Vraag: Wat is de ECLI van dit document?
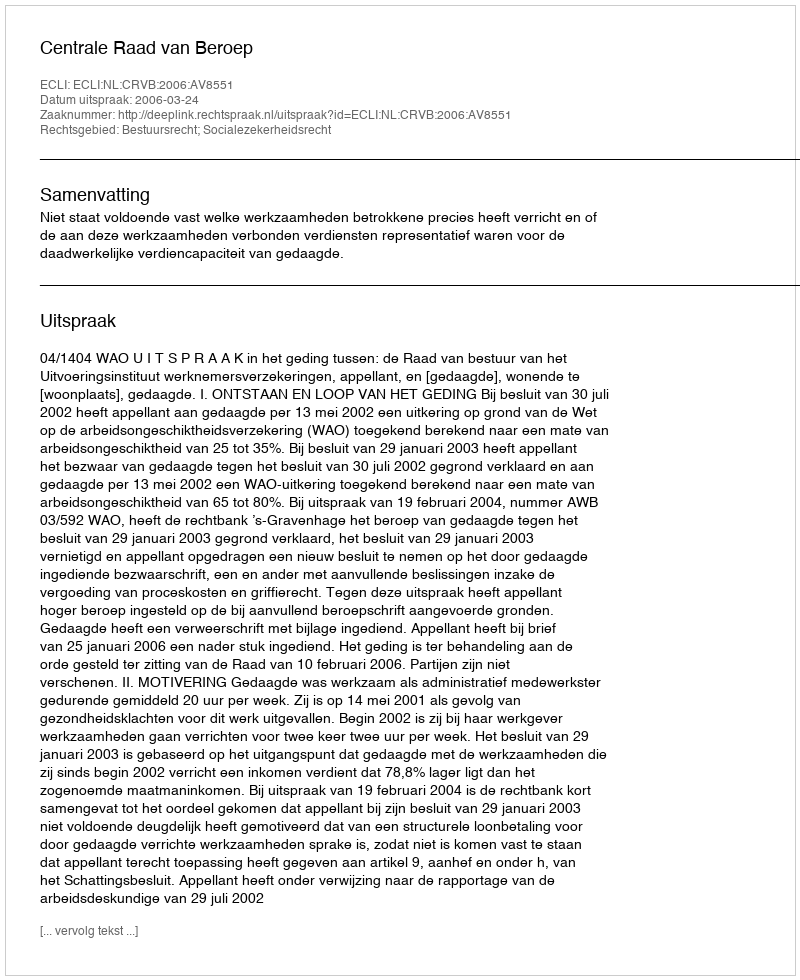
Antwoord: ECLI:NL:CRVB:2006:AV8551